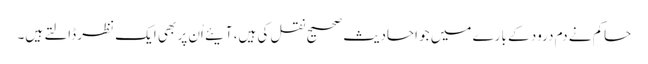
حاکم نے دم درود کے بارے میں جو احادیث صحیح نقل کی ہیں، آیئے اُن پر بھی ایک نظر ڈالتے ہیں۔